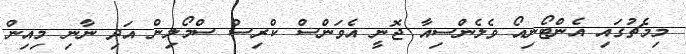
މިމެޗުގައި އެންޓޯނިއޯ ވެލެންސިއާ ޖޮނީ އެވަންސް ކްރިސް ސްމޯލިން އަދި ނާނި މިއިން